Civil Veterinary Dept. North-West Frontier Province 1933-46 - 1933-1946
Year: 1933
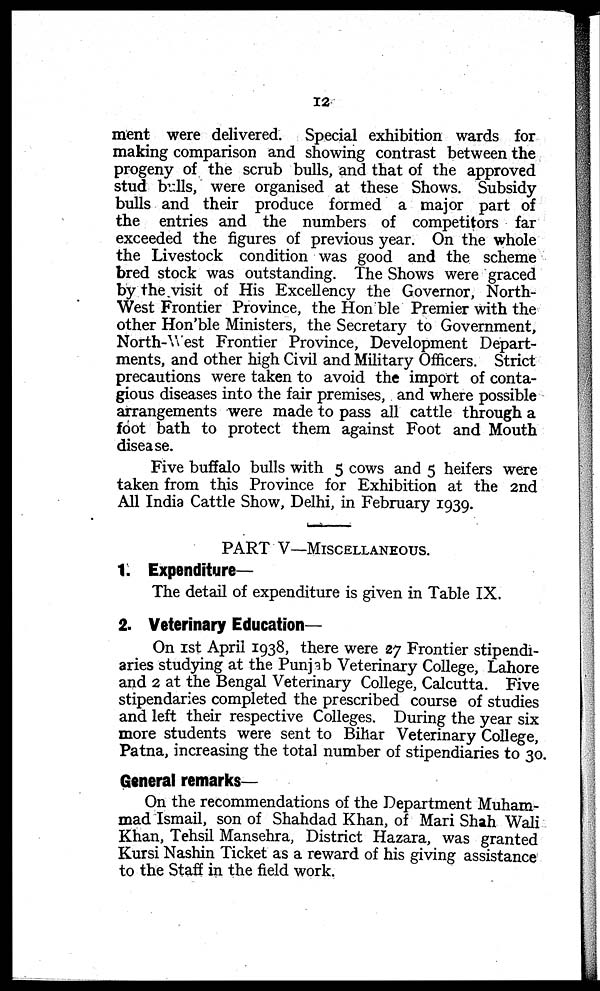
12
ment were delivered. Special exhibition wards for
making comparison and showing contrast between the
progeny of the scrub bulls, and that of the approved
stud bulls, were organised at these Shows. Subsidy
bulls and their produce formed a major part of
the entries and the numbers of competitors far
exceeded the figures of previous year. On the whole
the Livestock condition was good and the scheme
bred stock was outstanding. The Shows were graced
by the visit of His Excellency the Governor, North-
West Frontier Province, the Hon ble Premier with the
other Hon'ble Ministers, the Secretary to Government,
North-West Frontier Province, Development Depart-
ments, and other high Civil and Military Officers. Strict
precautions were taken to avoid the import of conta-
gious diseases into the fair premises, and where possible
arrangements were made to pass all cattle through a
foot bath to protect them against Foot and Mouth
disease.
Five buffalo bulls with 5 cows and 5 heifers were
taken from this Province for Exhibition at the 2nd
All India Cattle Show, Delhi, in February 1939.
PART V—MISCELLANEOUS.
1. Expenditure—
The detail of expenditure is given in Table IX.
2. Veterinary Education—
On 1st April 1938, there were 27 Frontier stipendi-
aries studying at the Punjab Veterinary College, Lahore
and 2 at the Bengal Veterinary College, Calcutta. Five
stipendaries completed the prescribed course of studies
and left their respective Colleges. During the year six
more students were sent to Bihar Veterinary College,
Patna, increasing the total number of stipendiaries to 30.
General remarks—
On the recommendations of the Department Muham-
mad Ismail, son of Shahdad Khan, of Mari Shah Wali
Khan, Tehsil Mansehra, District Hazara, was granted
Kursi Nashin Ticket as a reward of his giving assistance
to the Staff in the field work.